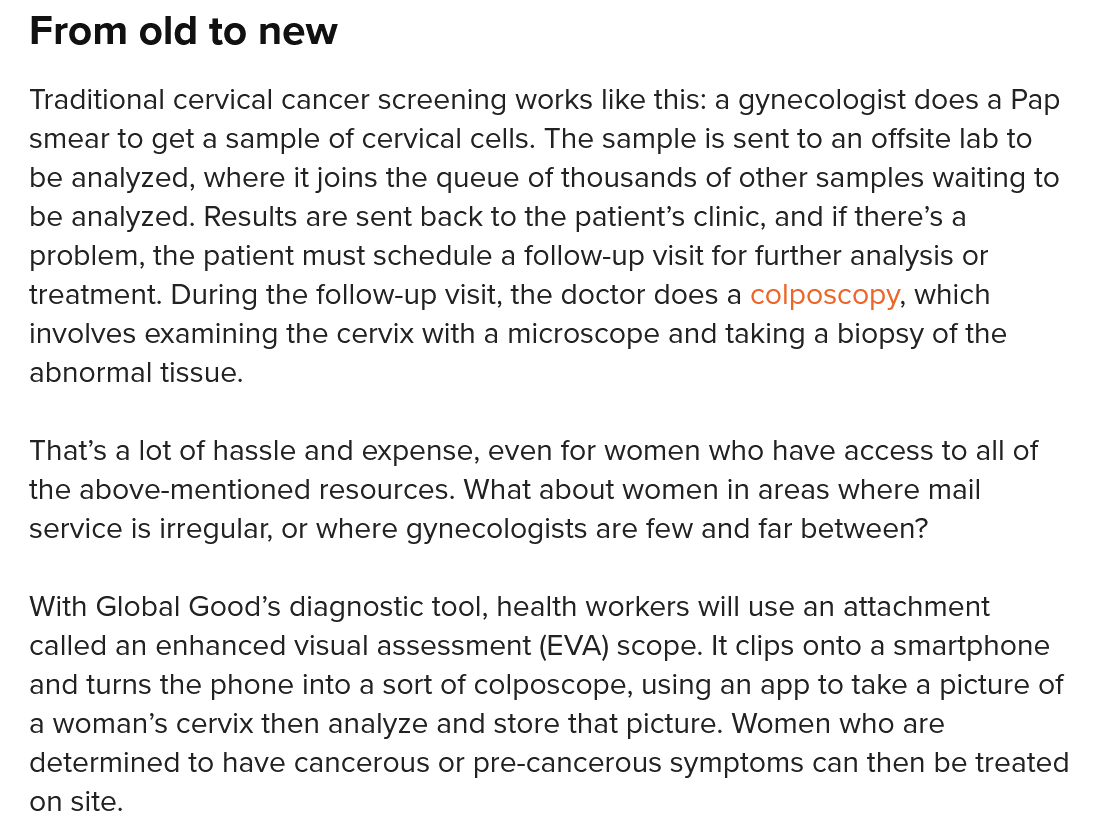
Traditional cervical cancer screening works like this: a gynecologist does a Pap
   smear to get a sample of cervical cells. The sample is sent to an offsite lab to
   be analyzed, where it joins the queue of thousands of other samples waiting to
   be analyzed. Results are sent back to the patient’s clinic, and if there’s a
   problem, the patient must schedule a follow-up visit for further analysis or
  treatment. During the follow-up visit, the doctor does a colposcopy, which
   involves examining the cervix with a microscope and taking a biopsy of the
   abnormal tissue.
   That’s a lot of hassle and expense, even for women who have access to all of
  the above-mentioned resources. What about women in areas where mail
   service is irregular, or where gynecologists are few and far between?
   With Global Good’s diagnostic tool, health workers will use an attachment
   called an enhanced visual assessment (EVA) scope. It clips onto a smartphone
   and turns the phone into a sort of colposcope, using an app to take a picture of
   a woman’s cervix then analyze and store that picture. Women who are
   determined to have cancerous or pre-cancerous symptoms can then be treated
   on site.
   From   old  to new